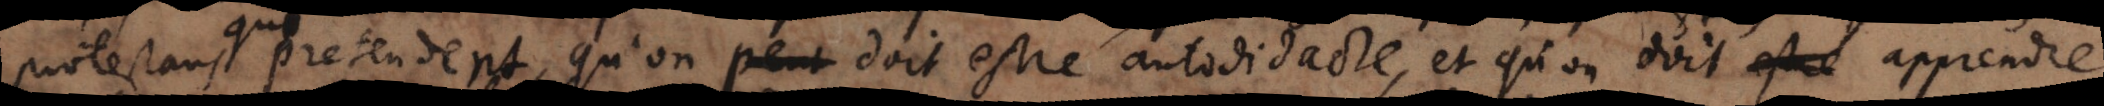
protestans qui pretendent qu’on peut doit estre autodidacte, et qu’on doit estre apprendre